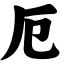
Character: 厄